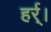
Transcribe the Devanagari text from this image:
हर्र्।